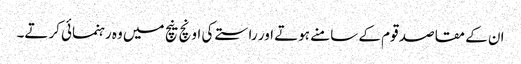
ان کے مقاصد قوم کے سامنے ہوتے اور راستے کی اونچ نیچ میں وہ رہنمائی کرتے۔